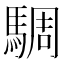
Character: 騆